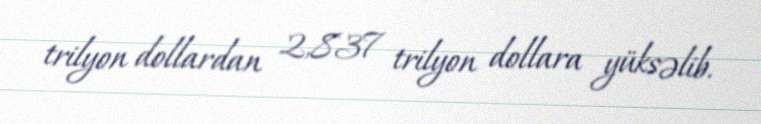
trilyon dollardan 2,837 trilyon dollara yüksəlib.